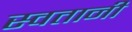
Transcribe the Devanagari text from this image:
स्वतानी